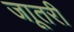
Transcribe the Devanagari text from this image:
जाूतरी